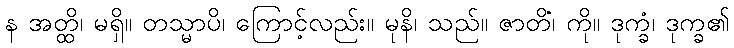
န အတ္ထိ၊ မရှိ။ တသ္မာပိ၊ ကြောင့်လည်း။ မုနိ၊ သည်။ ဇာတိံ၊ ကို။ ဒုက္ခံ၊ ဒုက္ခ၏